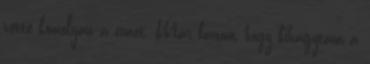
vette komolyan a címet. Már bánom, hogy kihagytam a